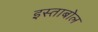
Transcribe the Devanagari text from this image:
इस्ताबोल